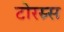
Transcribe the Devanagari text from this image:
टोरस्र्स